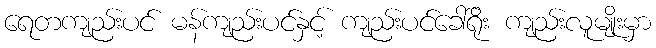
ရေတကျည်းပင် မန်ကျည်းပင်နှင့် ကျည်းပင်ခေါ်ရိုး ကျည်းလူမျိုးမှာ